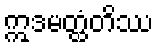
ဣဒမတ္ထံတိဿ